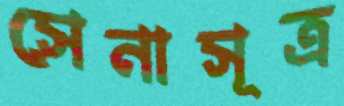
সেনাসূত্র